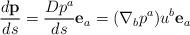
LaTeX: \begin{align*}\frac{d \mathbf{ p}}{ds}= \frac{D p^{a}}{ds}\mathbf{e}_a = (\nabla_{b} p^{a})u^{b} \mathbf{e}_a\end{align*}